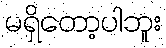
မရှိတော့ပါဘူး